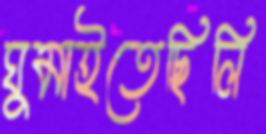
ঘুমাইতেছিলি